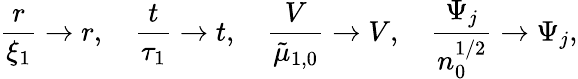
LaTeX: \frac{r}{\xi_{1}}\to r,\quad\frac{t}{\tau_{1}}\to t,\quad\frac{V}{\tilde{\mu}_{1,0}}\to V,\quad\frac{\Psi_{j}}{n_{0}^{1/2}}\to\Psi_{j},